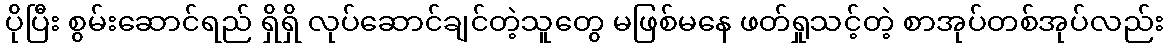
ပိုပြီး စွမ်းဆောင်ရည် ရှိရှိ လုပ်ဆောင်ချင်တဲ့သူတွေ မဖြစ်မနေ ဖတ်ရှုသင့်တဲ့ စာအုပ်တစ်အုပ်လည်း